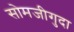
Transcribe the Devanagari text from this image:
सोमजीगुदा